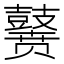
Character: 𪔭